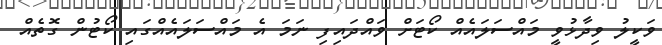
ވަކީލު ވިދާޅުވީ މައްސަލައެއް ކޯޓަށް ވައްދައިފި ނަމަ އެ މައްސަލައެއްގައި ކޯޓުން ގޮތެއް